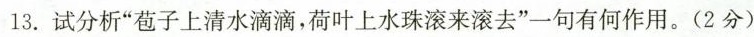
13. 试分析”苞子上清水滴滴，荷叶上水珠滚来滚去”一句有何作用。(2分)